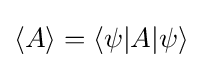
\langle A\rangle =\langle \psi |A|\psi \rangle